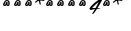
.....